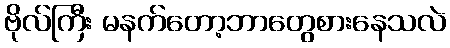
ဗိုလ်ကြီး မနက်တော့ဘာတွေစားနေသလဲ